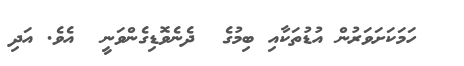
ހަމަކަށަވަރުން އުޑުތަކާއި ބިމުގެ  ދެނެވޮޑިގެންވަނީ  އެވެ. އަދި